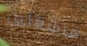
منشغلين